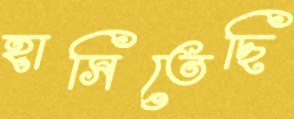
হাসিতেছি